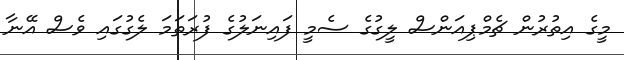
މީގެ އިތުރުން ޗެމްޕިއަންސް ލީގުގެ ސެމީ ފައިނަލުގެ ފުރަތަމަ ލެގުގައި ވެސް އޭނާ